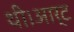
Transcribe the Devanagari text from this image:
थी।आर्ट